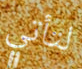
لتأتي